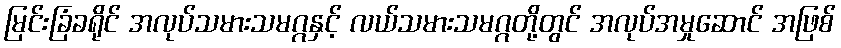
မြင်းခြံခရိုင် အလုပ်သမားသမဂ္ဂနှင့် လယ်သမားသမဂ္ဂတို့တွင် အလုပ်အမှုဆောင် အဖြစ်